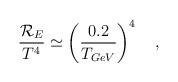
LaTeX: \begin{align*}\frac{{\cal R}_{E}}{T^{4}} \simeq \left(\frac{0.2}{T_{GeV}} \right)^{4}~~~,\end{align*}